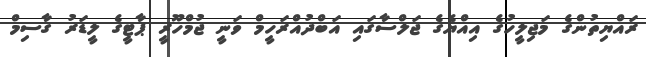
ރައްޔިތުންގެ މަޖިލީހުގެ އިއްޔެގެ ޖަލްސާގައި އަބްދުއްރަހީމް ވަނީ ޖުމްހޫރީ ޕާޓީގެ ލީޑަރު ގާސިމް